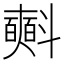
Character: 𣂏